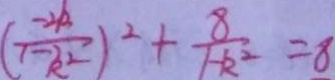
( \frac { - 2 k } { 1 - k ^ { 2 } } ) ^ { 2 } + \frac { 8 } { 1 - k ^ { 2 } } = 8